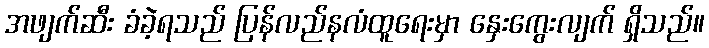
အဖျက်ဆီး ခံခဲ့ရသည် ပြန်လည်နလံထူရေးမှာ နှေးကွေးလျက် ရှိသည်။